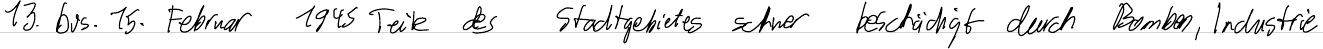
13. bis 15. Februar 1945 Teile des Stadtgebietes schwer beschädigt durch Bomben, Industrie